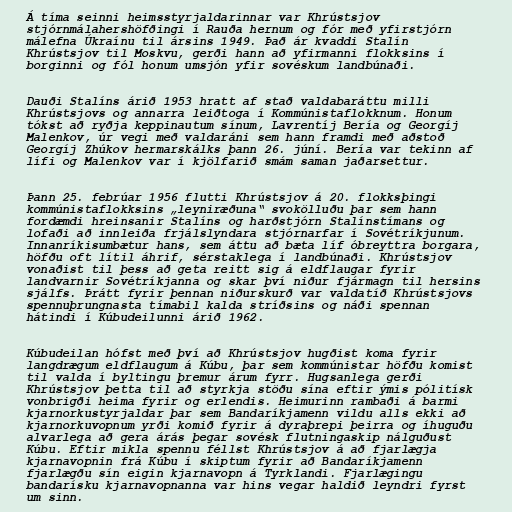
Á tíma seinni heimsstyrjaldarinnar var Khrústsjov
stjórnmálahershöfðingi í Rauða hernum og fór með yfirstjórn
málefna Úkraínu til ársins 1949. Það ár kvaddi Stalín
Khrústsjov til Moskvu, gerði hann að yfirmanni flokksins í
borginni og fól honum umsjón yfir sovéskum landbúnaði.

Dauði Stalíns árið 1953 hratt af stað valdabaráttu milli
Khrústsjovs og annarra leiðtoga í Kommúnistaflokknum. Honum
tókst að ryðja keppinautum sínum, Lavrentíj Bería og Georgíj
Malenkov, úr vegi með valdaráni sem hann framdi með aðstoð
Georgíj Zhúkov hermarskálks þann 26. júní. Bería var tekinn af
lífi og Malenkov var í kjölfarið smám saman jaðarsettur.

Þann 25. febrúar 1956 flutti Khrústsjov á 20. flokksþingi
kommúnistaflokksins „leyniræðuna“ svokölluðu þar sem hann
fordæmdi hreinsanir Stalíns og harðstjórn Stalínstímans og
lofaði að innleiða frjálslyndara stjórnarfar í Sovétríkjunum.
Innanríkisumbætur hans, sem áttu að bæta líf óbreyttra borgara,
höfðu oft lítil áhrif, sérstaklega í landbúnaði. Khrústsjov
vonaðist til þess að geta reitt sig á eldflaugar fyrir
landvarnir Sovétríkjanna og skar því niður fjármagn til hersins
sjálfs. Þrátt fyrir þennan niðurskurð var valdatíð Khrústsjovs
spennuþrungnasta tímabil kalda stríðsins og náði spennan
hátindi í Kúbudeilunni árið 1962.

Kúbudeilan hófst með því að Khrústsjov hugðist koma fyrir
langdrægum eldflaugum á Kúbu, þar sem kommúnistar höfðu komist
til valda í byltingu þremur árum fyrr. Hugsanlega gerði
Khrústsjov þetta til að styrkja stöðu sína eftir ýmis pólitísk
vonbrigði heima fyrir og erlendis. Heimurinn rambaði á barmi
kjarnorkustyrjaldar þar sem Bandaríkjamenn vildu alls ekki að
kjarnorkuvopnum yrði komið fyrir á dyraþrepi þeirra og íhuguðu
alvarlega að gera árás þegar sovésk flutningaskip nálguðust
Kúbu. Eftir mikla spennu féllst Khrústsjov á að fjarlægja
kjarnavopnin frá Kúbu í skiptum fyrir að Bandaríkjamenn
fjarlægðu sín eigin kjarnavopn á Tyrklandi. Fjarlægingu
bandarísku kjarnavopnanna var hins vegar haldið leyndri fyrst
um sinn.